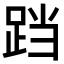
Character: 𮛗